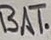
Text: BAT.